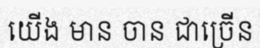
យើង មាន ចាន ជាច្រើន